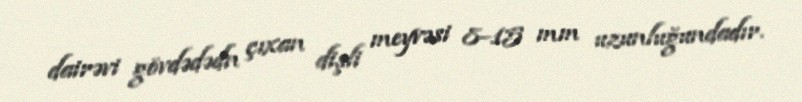
dairəvi gövdədədn çıxan dişli meyvəsi 8–15 mm uzunluğundadır.